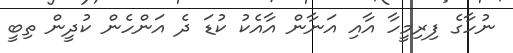
ނުހާގެ ފިރިމީހާ އާއި އަނާން އާއެކު ކުޑަ ދެ އަންހެން ކުދީން ތިބީ